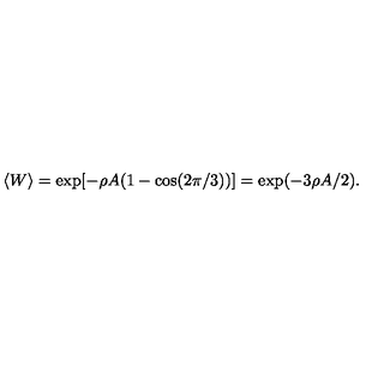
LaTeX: \langle W \rangle = \exp [ - \rho A ( 1 - \cos ( 2 \pi / 3 ) ) ] = \exp ( - 3 \rho A / 2 ) .